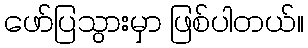
ဖော်ပြသွားမှာ ဖြစ်ပါတယ်။